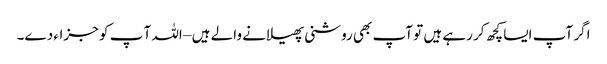
اگر آپ ایسا کچھ کر رہے ہیں تو آپ بھی روشنی پھیلانے والے ہیں – اللہ آ پ کو جزاء دے۔